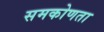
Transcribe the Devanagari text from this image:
समकोणता